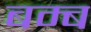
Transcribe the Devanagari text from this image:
बम्‍ब